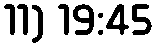
11) 19:45